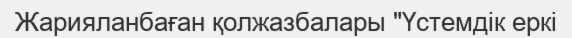
Жарияланбаған қолжазбалары "Үстемдік еркі